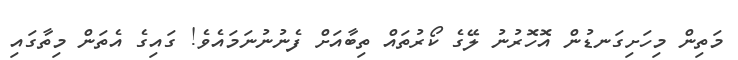
މަތިން މިހަށިގަނޑުން އޮހޮރުނު ލޭގެ ކޯރުތައް ތިބާއަށް ފެނުނުނަމައެވެ! ގައިގެ އެތަން މިތާގައި